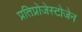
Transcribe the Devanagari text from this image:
प्रतिप्रोजेस्टोजेन